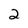
Character: 2